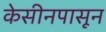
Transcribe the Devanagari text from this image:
केसीनपासून